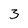
Character: 3